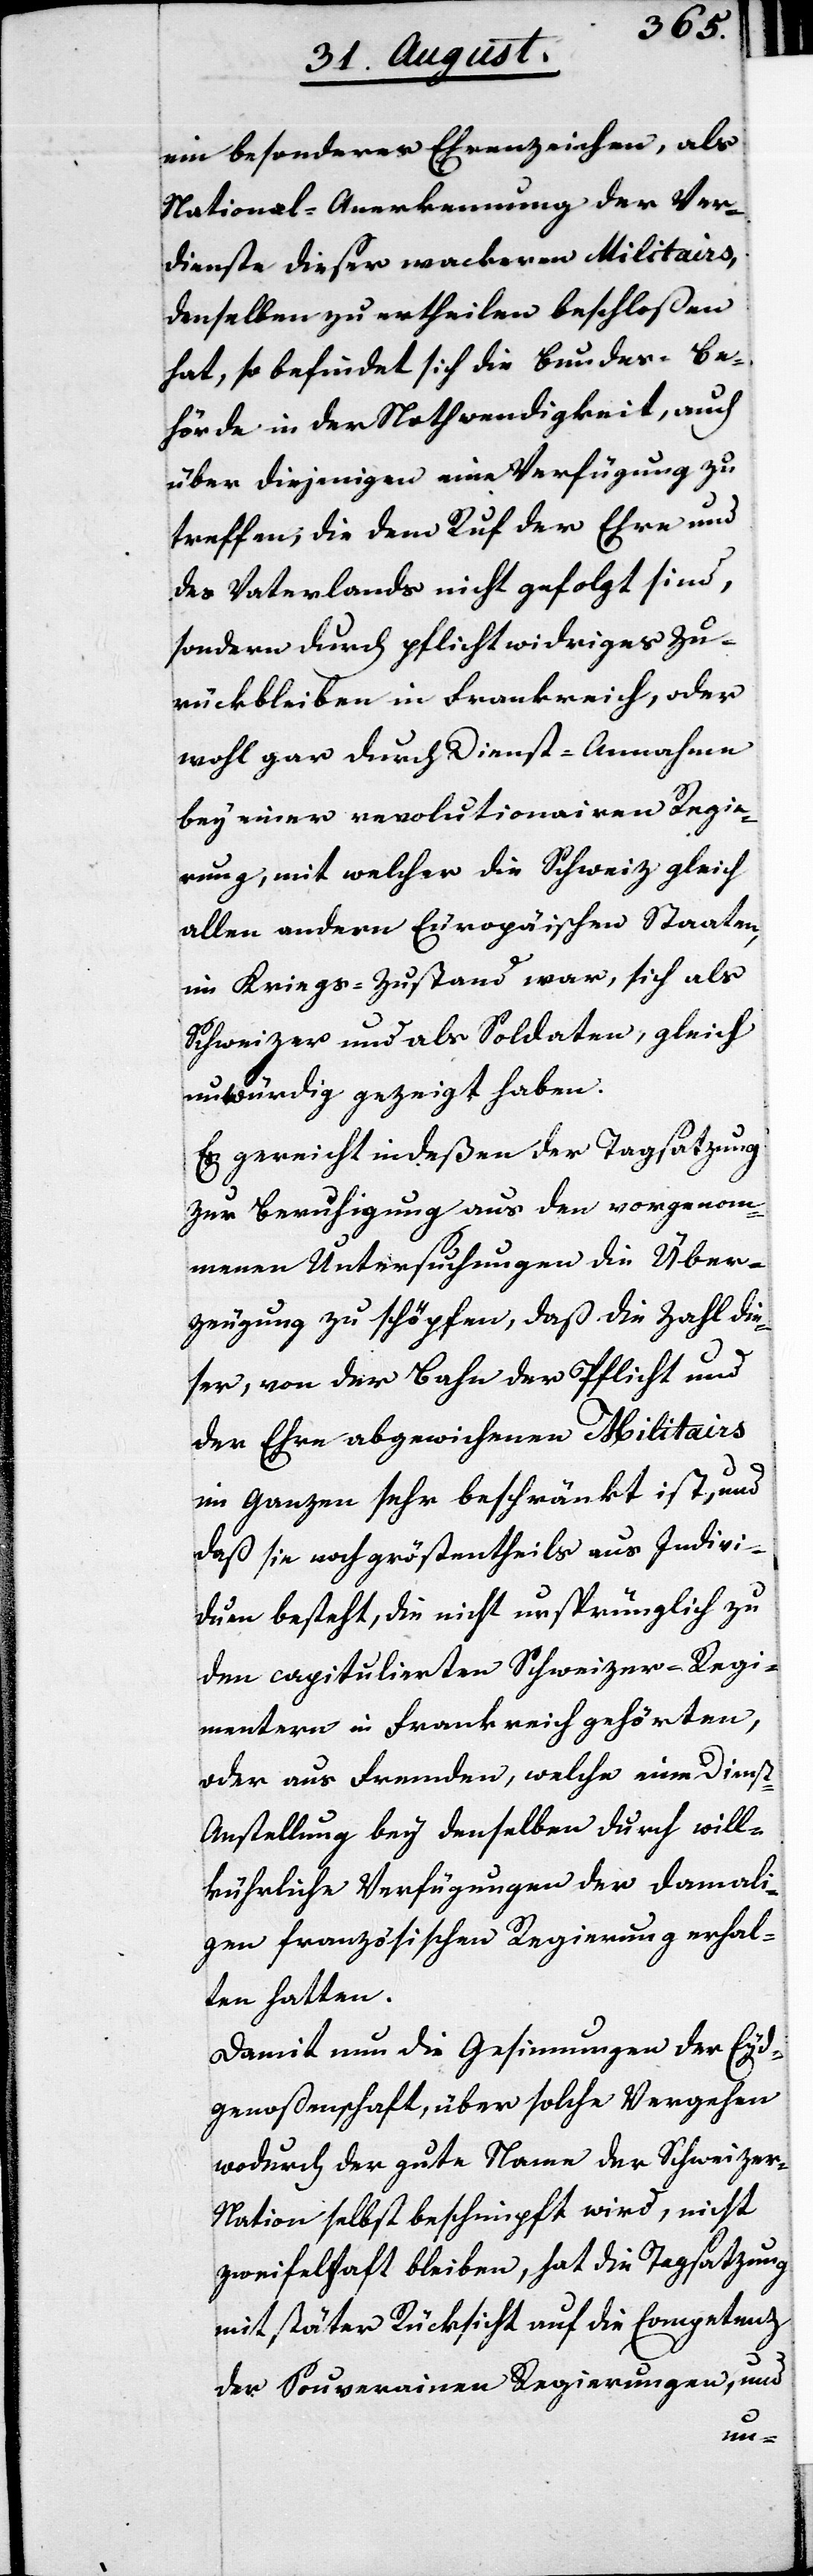
ein besonderes Ehrenzeichen, als
National-Anerkennung der Ver¬
dienste dieser wackeren Militairs,
denselben zu ertheilen beschloßen
hat, so befindet sich die Bundes-Be¬
hörde in der Nothwendigkeit, auch
über diejenigen eine Verfügung zu
treffen, die dem Ruf der Ehre und
des Vaterlandes nicht gefolgt sind,
sondern durch pflichtwidriges Zu¬
rückbleiben in Frankreich, oder
wohl gar durch Dienst-Annahmen
bey einer revolutionairen Regie¬
rung, mit welcher die Schweiz gleich
allen andern europäischen Staaten,
im Kriegs-Zustand war, sich als
Schweizer und als Soldaten, gleich
unwürdig gezeigt haben.
Es gereicht indeßen der Tagsatzung
zur Beruhigung aus den vorgenom¬
menen Untersuchungen die Über¬
zeugung zu schöpfen, daß die Zahl die¬
ser, von der Bahn der Pflicht und
der Ehre abgewichenen Militairs
in Ganzen sehr beschränkt ist, und
daß sie noch größtentheils aus Indivi¬
duen besteht, die nicht ursprünglich zu
den capitulierten Schweizer-Regi¬
mentern in Frankreich gehörten,
oder aus Fremden, welche eine Diens¬
t-Anstellung bey denselben durch will¬
kührliche Verfügungen der damali¬
gen französischen Regierung erhal¬
ten hatten.
Damit nun die Gesinnungen der Eyd¬
genoßenschaft, über solche Vergehen
wodurch der gute Name der Schweizer-N¬
ation selbst beschimpft wird, nicht
zweifelhaft bleiben, hat die Tagsatzung
mit später Rücksicht auf die Competenz
der Souverainen Regierungen, und